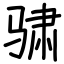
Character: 骕